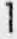
1